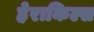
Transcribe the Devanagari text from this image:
हेराकिल्स